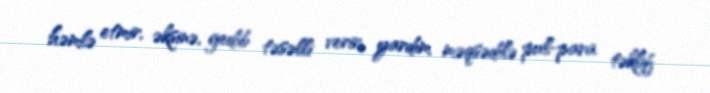
həmlə etmir, əksinə, gedib təsəlli verir, yardım məqsədilə pul-para təklif